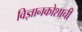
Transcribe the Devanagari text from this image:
विज्ञानकोशाची